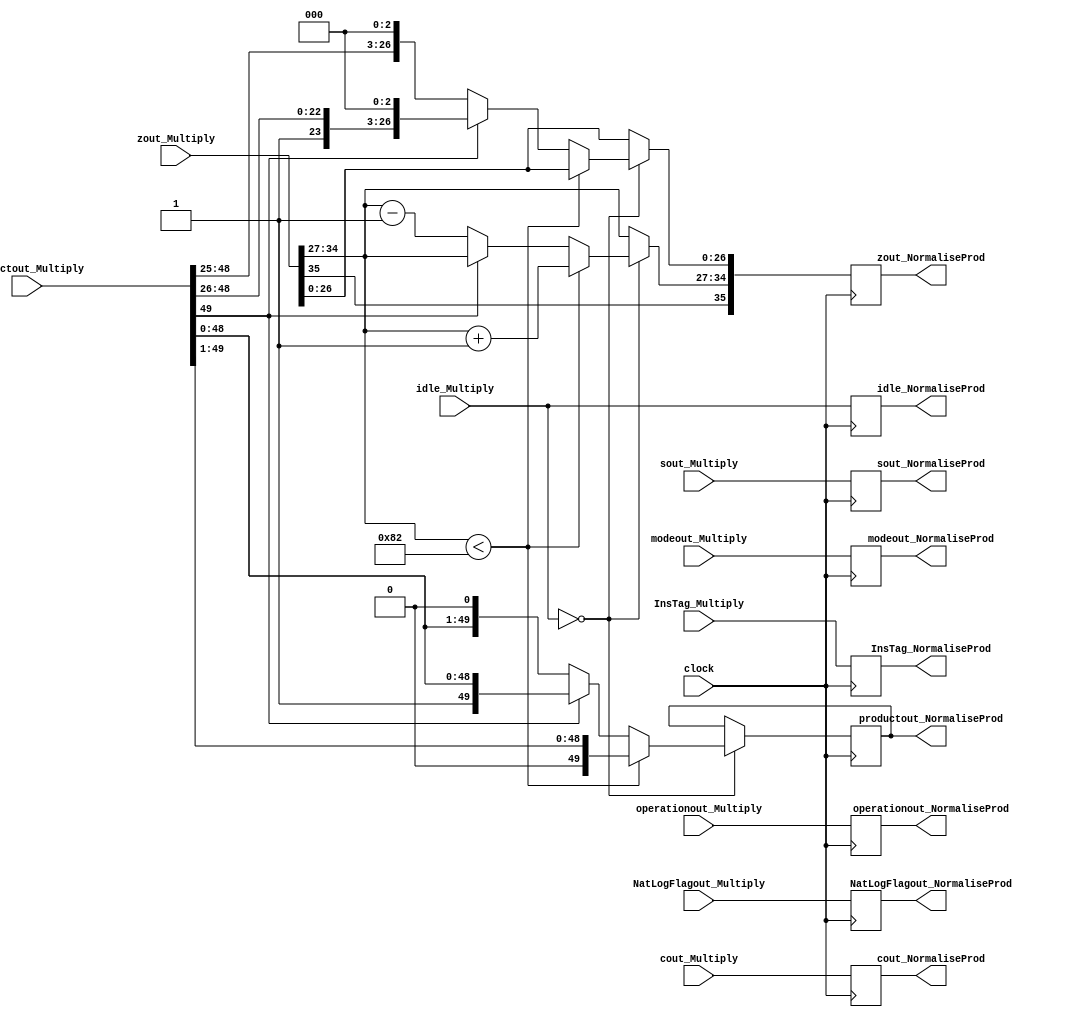
module NormaliseProd(
	input [35:0] cout_Multiply,
	input [35:0] zout_Multiply,
	input [31:0] sout_Multiply,
	input [49:0] productout_Multiply,
	input [1:0] modeout_Multiply,
	input operationout_Multiply,
	input NatLogFlagout_Multiply,
	input [7:0] InsTag_Multiply,
	input clock,
	input [1:0] idle_Multiply,
	output reg [1:0] idle_NormaliseProd,
	output reg [35:0] cout_NormaliseProd,
	output reg [35:0] zout_NormaliseProd,
	output reg [31:0] sout_NormaliseProd,
	output reg [1:0]  modeout_NormaliseProd,
	output reg operationout_NormaliseProd,
	output reg NatLogFlagout_NormaliseProd,
	output reg [49:0] productout_NormaliseProd,
	output reg [7:0] InsTag_NormaliseProd
   );
	 
parameter mode_circular  =2'b01, 
			 mode_linear    =2'b00, 
			 mode_hyperbolic=2'b11;

parameter no_idle = 2'b00,
			 allign_idle = 2'b01,
			 put_idle = 2'b10;

wire z_sign;
wire [7:0] z_exponent;
wire [26:0] z_mantissa;

assign z_sign = zout_Multiply[35];
assign z_exponent = zout_Multiply[34:27];
assign z_mantissa = {zout_Multiply[26:0]};

always @ (posedge clock) begin
	
	InsTag_NormaliseProd <= InsTag_Multiply;
	sout_NormaliseProd <= sout_Multiply;
	cout_NormaliseProd <= cout_Multiply;
	modeout_NormaliseProd <= modeout_Multiply;
	operationout_NormaliseProd <= operationout_Multiply;
	idle_NormaliseProd <= idle_Multiply;
	NatLogFlagout_NormaliseProd <= NatLogFlagout_Multiply;
	
	if (idle_Multiply == no_idle) begin
	
		// This case will never arise. This is because for input with exponent less than -12 multiply isn't used.
		if ($signed(z_exponent) < -126) begin
			zout_NormaliseProd[35] <= z_sign;
         zout_NormaliseProd[34:27] <= z_exponent + 1;
			zout_NormaliseProd[26:0]  <= z_mantissa;
         productout_NormaliseProd <= productout_Multiply >> 1;
		end
			
		// This could be problematic. Will have to test for average number of cycles
		// Current solution is to hard code for all cases like normalisation in addition.
		else if (productout_Multiply[49] == 0) begin
			zout_NormaliseProd[35] <= z_sign;
			zout_NormaliseProd[34:27] <= z_exponent - 1;
			//zout_NormaliseProd[26:0] <= product[48:25];
			zout_NormaliseProd[26:0] <= {productout_Multiply[48:25] , 3'd0};
			productout_NormaliseProd <= productout_Multiply << 1;
		end
		
		else begin
			zout_NormaliseProd[35] <= z_sign;
			zout_NormaliseProd[34:27] <= z_exponent;
			//z_mantissa <= productout_Multiply[49:26];
			zout_NormaliseProd[26:0] <= {productout_Multiply[49:26] , 3'd0};
			productout_NormaliseProd <= productout_Multiply;
		end	
	end
	
	else begin
		zout_NormaliseProd <= zout_Multiply;
	end
	
end

endmodule